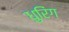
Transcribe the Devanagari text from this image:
धुरिंग